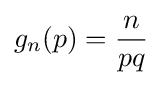
g_{n}(p)={\frac {n}{pq}}